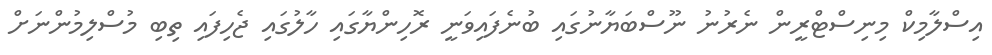
އިސްލާމިކް މިނިސްޓްރީން ނެރުނު ނޫސްބަޔާނުގައި ބުނެފައިވަނީ ރޮހިންޔާގައި ހާލުގައި ޖެހިފައި ތިބި މުސްލިމުންނަށް